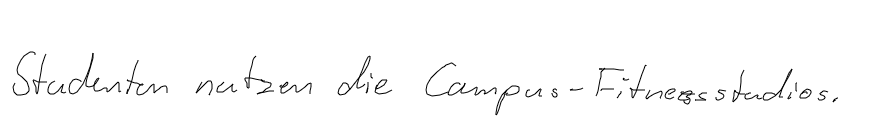
Studenten nutzen die Campus-Fitnessstudios.